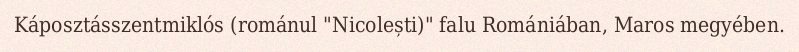
Káposztásszentmiklós (románul "Nicolești)" falu Romániában, Maros megyében.